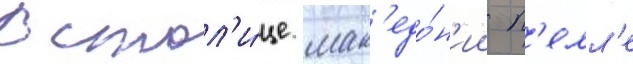
В стол'и́це мак'едо́н'ии п'елл'е